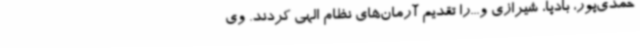
حمدی‌پور، بادپا، شیرازی و...را تقدیم آرمان‌های نظام الهی کردند. وی